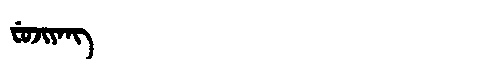
Manchu: ᠸᡠᠵᡳᠶᠠᠩ
Romanization: FUJIYANG